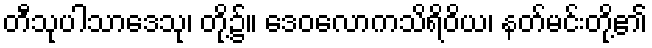
တီသုပါသာဒေသု၊ တို့၌။ ဒေဝလောကသိရိဝိယ၊ နတ်မင်းတို့၏